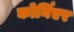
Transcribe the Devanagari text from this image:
कोर्निएर